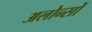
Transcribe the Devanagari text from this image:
अलोन्सों